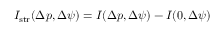
I _ { \mathrm { s t r } } ( \Delta p , \Delta \psi ) = I ( \Delta p , \Delta \psi ) - I ( 0 , \Delta \psi )